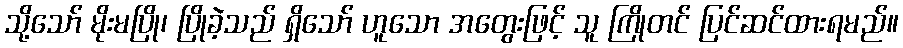
သို့သော် မိုးမပြို၊ ပြိုခဲ့သည် ရှိသော် ဟူသော အတွေးဖြင့် သူ ကြိုတင် ပြင်ဆင်ထားရမည်။